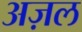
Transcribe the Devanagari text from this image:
अज़ल